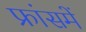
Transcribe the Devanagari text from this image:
फ्रांसमें